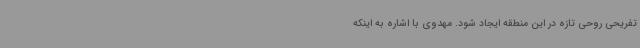
تفریحی روحی تازه در این منطقه ایجاد شود. مهدوی با اشاره به اینکه